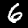
Label: 6